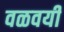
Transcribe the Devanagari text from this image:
वळवयी